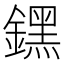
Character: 𨭆